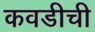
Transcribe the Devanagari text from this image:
कवडीची